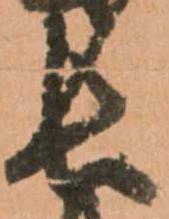
長